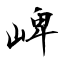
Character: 崥